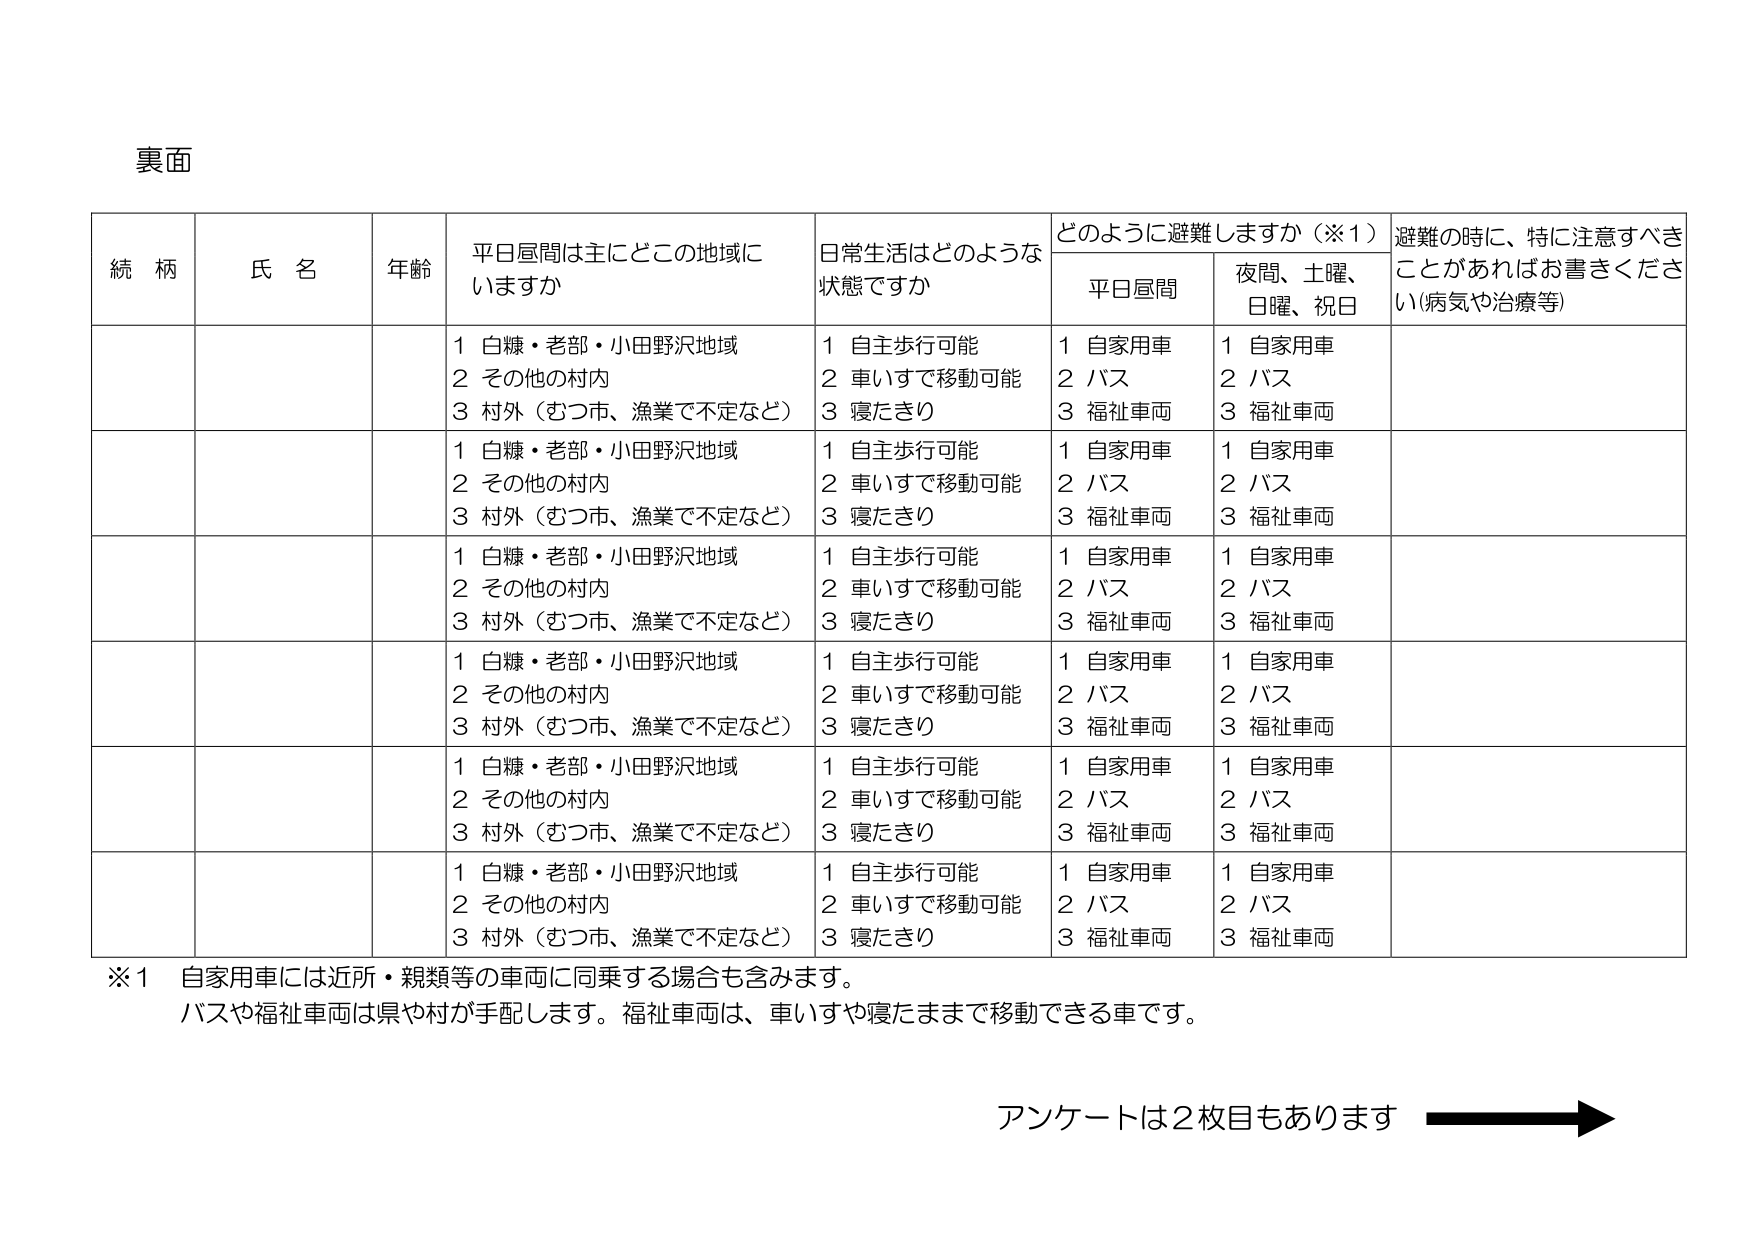
裏面

続柄　氏名　年齢　平日昼間は主にどの地域にいますか　日常生活はどのような状態ですか　どのように避難しますか（※1）　避難の時に、特に注意すべきことがあればお書きください（病気や治療等）

平日昼間　夜間、土曜、日曜、祝日

1 白糠・老部・小田野沢地域　1 自主歩行可能　1 自家用車　1 自家用車
2 その他の村内　2 車いすで移動可能　2 バス　2 バス
3 村外（むつ市、漁業で不定など）　3 寝たきり　3 福祉車両　3 福祉車両

1 白糠・老部・小田野沢地域　1 自主歩行可能　1 自家用車　1 自家用車
2 その他の村内　2 車いすで移動可能　2 バス　2 バス
3 村外（むつ市、漁業で不定など）　3 寝たきり　3 福祉車両　3 福祉車両

1 白糠・老部・小田野沢地域　1 自主歩行可能　1 自家用車　1 自家用車
2 その他の村内　2 車いすで移動可能　2 バス　2 バス
3 村外（むつ市、漁業で不定など）　3 寝たきり　3 福祉車両　3 福祉車両

1 白糠・老部・小田野沢地域　1 自主歩行可能　1 自家用車　1 自家用車
2 その他の村内　2 車いすで移動可能　2 バス　2 バス
3 村外（むつ市、漁業で不定など）　3 寝たきり　3 福祉車両　3 福祉車両

1 白糠・老部・小田野沢地域　1 自主歩行可能　1 自家用車　1 自家用車
2 その他の村内　2 車いすで移動可能　2 バス　2 バス
3 村外（むつ市、漁業で不定など）　3 寝たきり　3 福祉車両　3 福祉車両

1 白糠・老部・小田野沢地域　1 自主歩行可能　1 自家用車　1 自家用車
2 その他の村内　2 車いすで移動可能　2 バス　2 バス
3 村外（むつ市、漁業で不定など）　3 寝たきり　3 福祉車両　3 福祉車両

※1 自家用車には近所・親類等の車両に同乗する場合も含みます。
バスや福祉車両は県や村が手配します。福祉車両は、車いすや寝たままで移動できる車です。

アンケートは2枚目もあります →